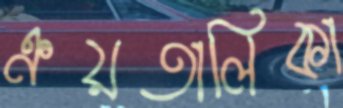
ক্রয়তালিকা